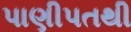
પાણીપતથી